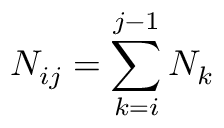
N _ { i j } = \sum _ { k = i } ^ { j - 1 } N _ { k }